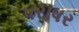
પરાષર